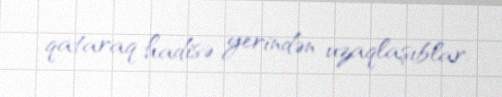
qataraq hadisə yerindən uzaqlaşıblar.